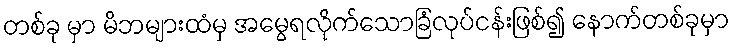
တစ်ခု မှာ မိဘများထံမှ အမွေရလိုက်သောခြံလုပ်ငန်းဖြစ်၍ နောက်တစ်ခုမှာ